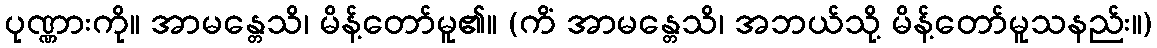
ပုဏ္ဏားကို။ အာမန္တေသိ၊ မိန့်တော်မူ၏။ (ကိံ အာမန္တေသိ၊ အဘယ်သို့ မိန့်တော်မူသနည်း။)